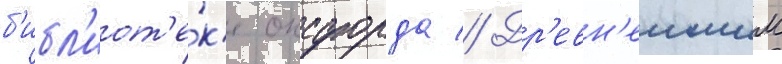
б'ибл'иот'е́к'е оксфорда // Др'евн'еишим